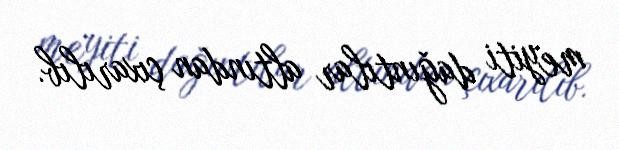
meyiti dağıntılar altından çıxarılıb.